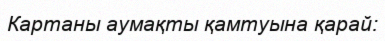
Картаны аумақты қамтуына қарай: